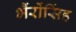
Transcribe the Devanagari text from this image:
भैंरोंसिंह